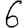
Digit: 6